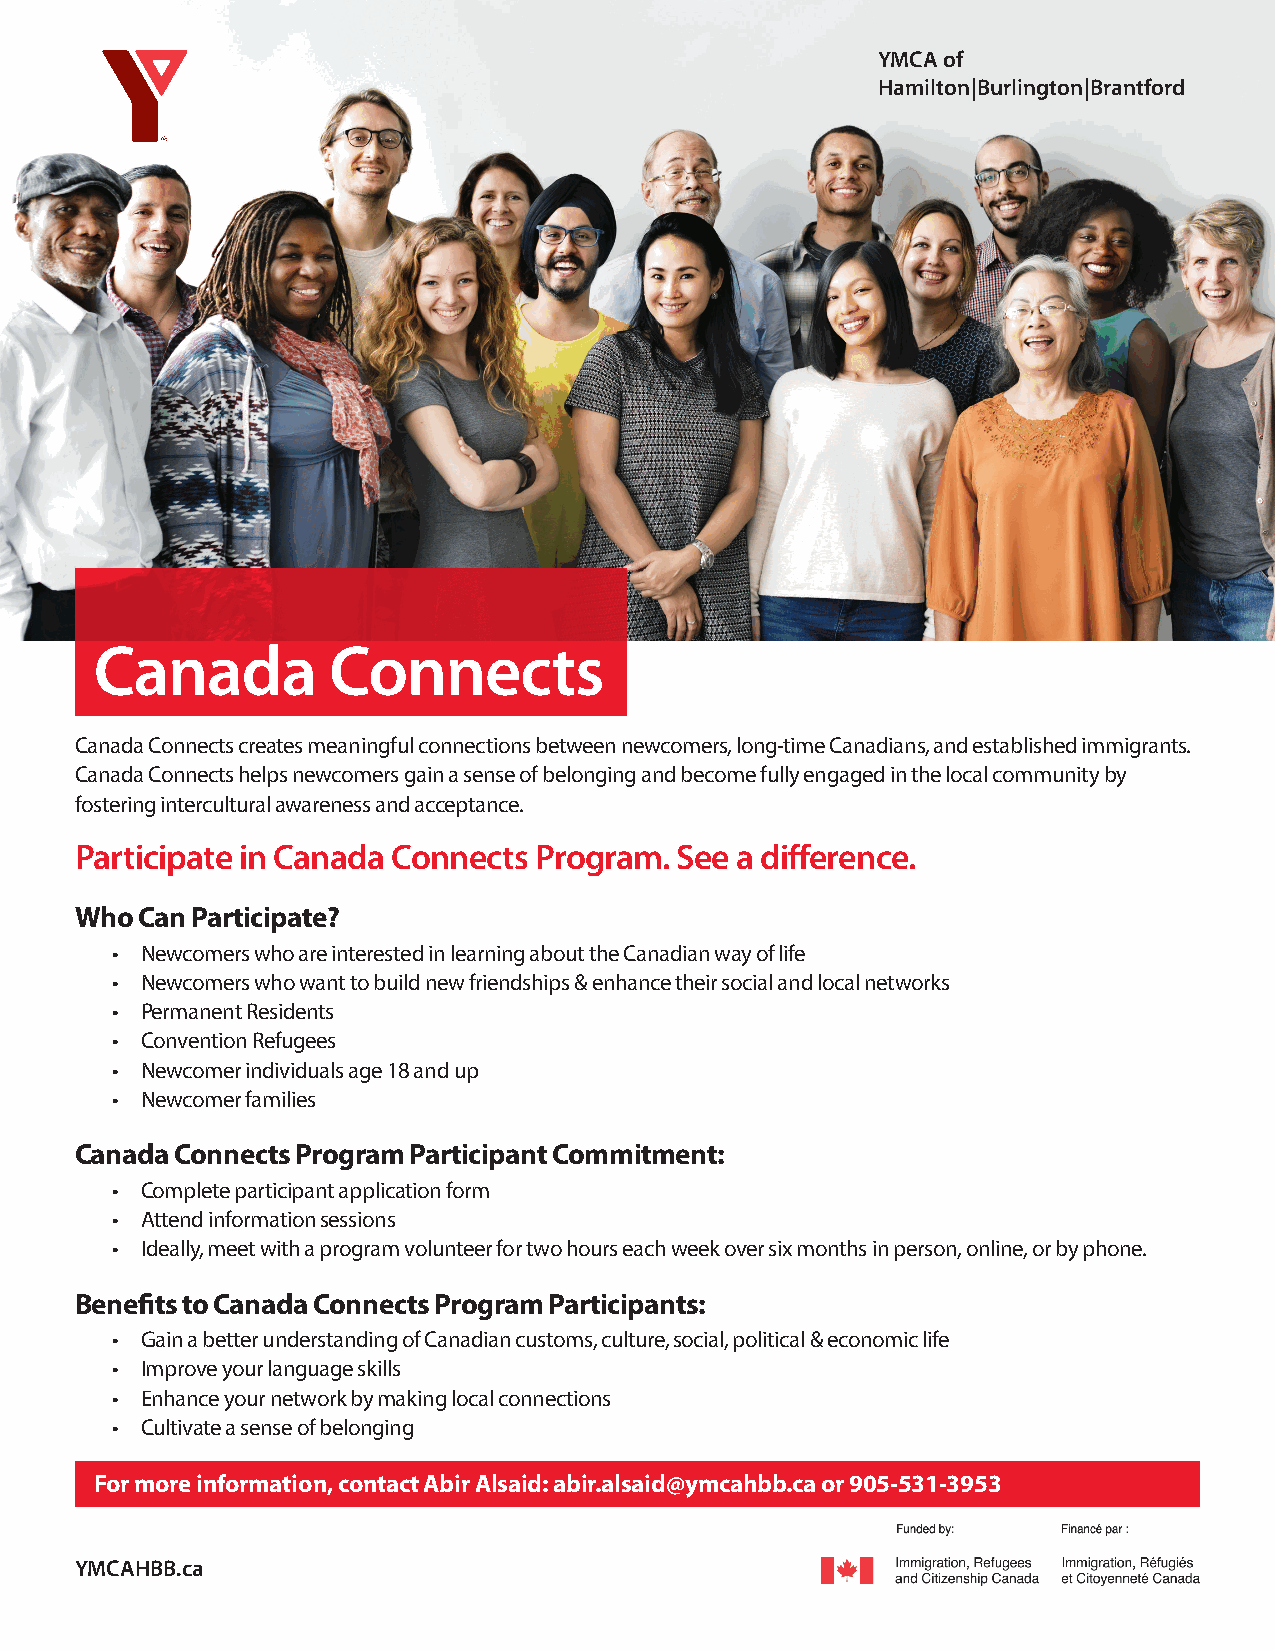
YMCA of
 Hamilton|Burlington|Brantford
 Canada          Connects
 Canada Connects creates meaningful connections between newcomers, long-time Canadians, and established immigrants.
 Canada Connects helps newcomers gain a sense of belonging and become fully engaged in the local community by
 fostering intercultural awareness and acceptance.
 Participate in Canada Connects Program. See a difference.
 Who Can Participate?
 • Newcomers who are interested in learning about the Canadian way of life
 • Newcomers who want to build new friendships & enhance their social and local networks
 • Permanent Residents
 • Convention Refugees
 • Newcomer individuals age 18 and up
 • Newcomer families
 Canada Connects Program Participant Commitment:
 • Complete participant application form
 • Attend information sessions
 • Ideally, meet with a program volunteer for two hours each week over six months in person, online, or by phone.
 Benefits to Canada Connects Program Participants:
 • Gain a better understanding of Canadian customs, culture, social, political & economic life
 • Improve your language skills
 • Enhance your network by making local connections
 • Cultivate a sense of belonging
 For more information, contact Abir Alsaid: abir.alsaid@ymcahbb.ca or 905-531-3953
 YMCAHBB.ca